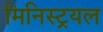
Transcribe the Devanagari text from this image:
मिनिस्ट्रयल